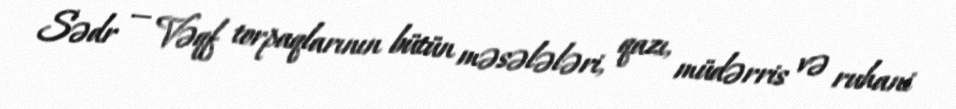
Sədr — Vəqf torpaqlarının bütün məsələləri, qazı, müdərris və ruhani